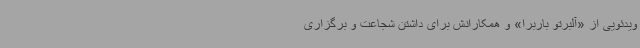
ویدئویی از «آلبرتو باربرا» و همکارانش برای داشتن شجاعت و برگزاری